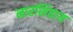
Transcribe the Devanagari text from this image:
नारसिंहाय